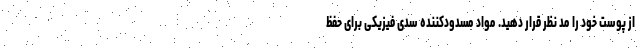
از پوست خود را مد نظر قرار دهید. مواد مسدودکننده سدی فیزیکی برای حفظ